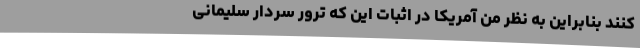
کنند بنابراین به نظر من آمریکا در اثبات این که ترور سردار سلیمانی